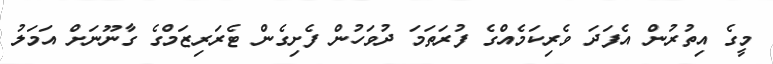
މީގެ އިތުރުން އެފަދަ ވެރިކަމެއްގެ ފުރަތަމަ ދުވަހުން ފެށިގެން ޓެރަރިޒަމްގެ ގާނޫނަށް އަމަލު